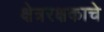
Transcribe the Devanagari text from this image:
क्षेत्ररक्षकाचे